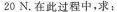
20 N。在此过程中，求：